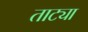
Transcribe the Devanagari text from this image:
ताट्या